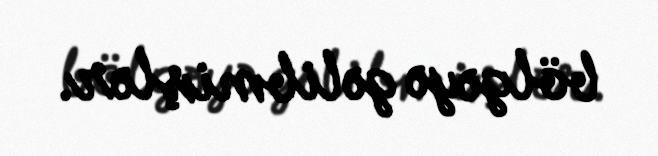
bölgəyə gəlibmişlər.